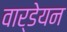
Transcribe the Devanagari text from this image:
वार्डेयन